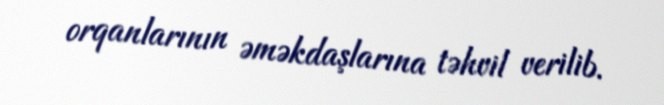
orqanlarının əməkdaşlarına təhvil verilib.